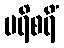
ပရိစရိံ